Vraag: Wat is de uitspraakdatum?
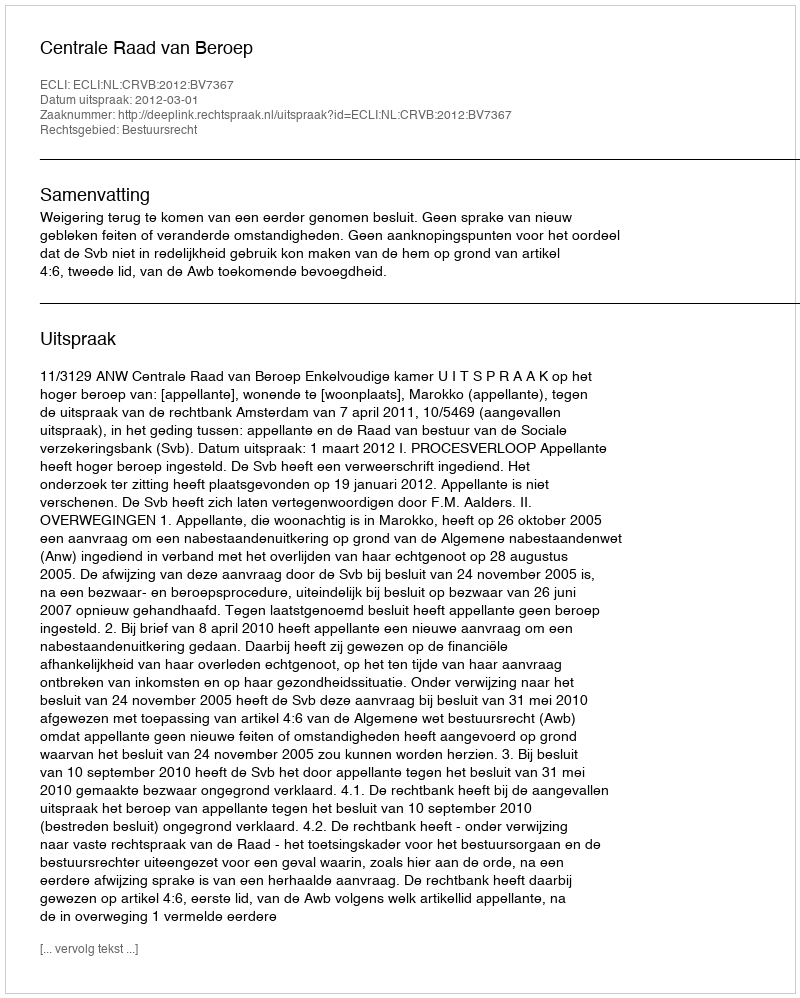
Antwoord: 2012-03-01